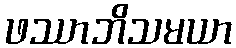
ဖဿာဘိသမယာ